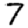
Digit: 7